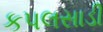
કપલસાડી